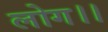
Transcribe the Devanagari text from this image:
लोग।।